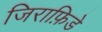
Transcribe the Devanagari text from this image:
जिराफ़िडे